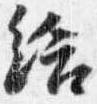
給